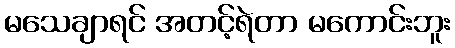
မသေချာရင် အတင့်ရဲတာ မကောင်းဘူး